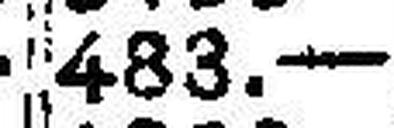
483.—